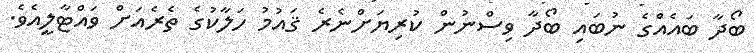
ބޯދާ ބައެއްގެ ނުބައި ބޯދާ ވިސްނުން ކުރިޔަށްނެރެ ޤައުމު ހަލާކުގެ ތެރެއަށް ވައްޓާލީއެވެ.